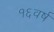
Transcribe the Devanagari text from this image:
१६वर्ष